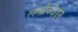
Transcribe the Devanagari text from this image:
लम्ब्रीकॉइड्स